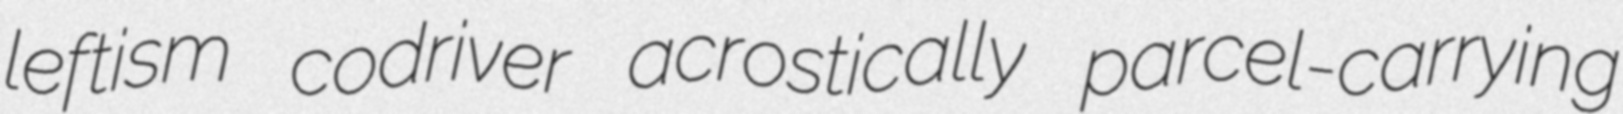
leftism codriver acrostically parcel-carrying